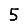
Digit: 5